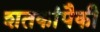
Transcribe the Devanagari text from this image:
शतकांपैकी